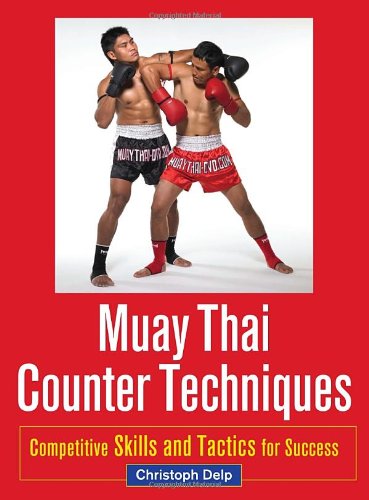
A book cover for Muay Thai Counter Techniques: Competitive Skills and Tactics for Success; Christoph Delp; Sports & Outdoors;